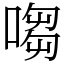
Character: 㗙